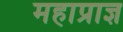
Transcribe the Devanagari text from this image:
महाप्राज्ञ